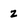
Character: 2